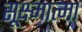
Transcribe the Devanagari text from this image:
सूक्ष्मात्मा